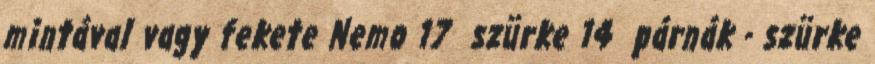
mintával vagy fekete Nemo 17 szürke 14 párnák - szürke